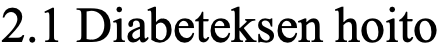
2.1 Diabeteksen hoito